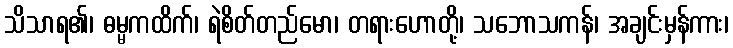
သိသာရ၏၊ ဓမ္မကထိက်၊ ရဲစိတ်တည်မော၊ တရားဟောတို့၊ သဘောသကန်၊ အချင်းမှန်ကား၊